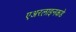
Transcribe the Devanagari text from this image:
एअरलाइनकडे